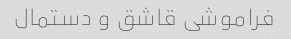
فراموشی قاشق و دستمال